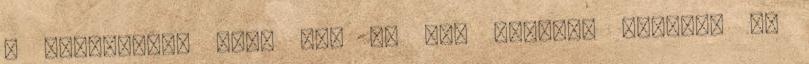
a belátásra, hogy itt az idő felnőni ezekhez az